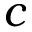
c